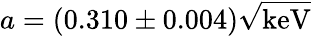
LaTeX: a=\left(0.310\pm 0.004\right)\sqrt{\mathrm{keV}}